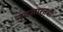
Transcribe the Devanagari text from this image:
नवभारतची